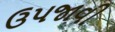
ઉપજાવી